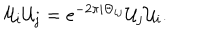
LaTeX: { \cal U } _ { i } { \cal U } _ { j } = e ^ { - 2 \pi i \Theta _ { i j } } { \cal U } _ { j } { \cal U } _ { i } .